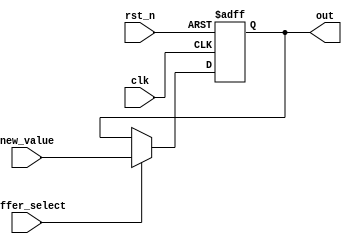
module buffer(new_value, buffer_select, clk, rst_n, out);
    
    input [54:0] new_value;
    input clk, rst_n, buffer_select;
    output reg [54:0] out;
    
    always@(posedge clk, negedge rst_n)begin
        // Reset
        if(~rst_n)begin
           out <= 55'b0;
        end
        
        // Otherwise
        else begin
        if(buffer_select == 1'b1)
            out <= new_value;
        else
            out <= out;
        end // else
        
    end // Always
endmodule